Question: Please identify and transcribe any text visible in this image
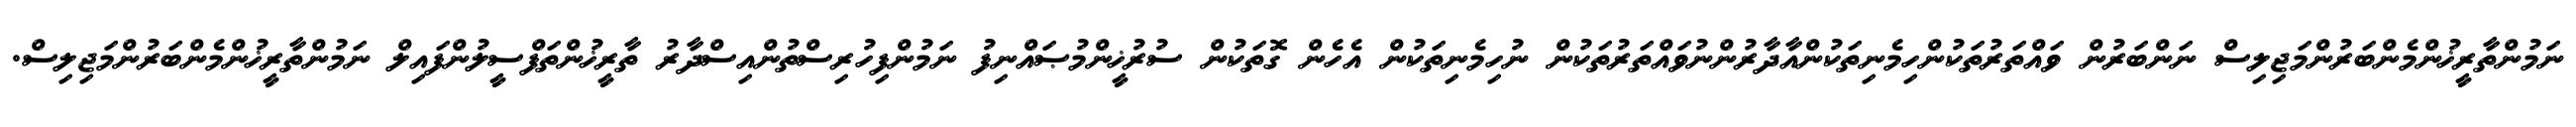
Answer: ނަމުންތާރީޚުންމެންބަރުންމަޖިލިސް ނަންބަރުން ވައްތަރުތަކުންހިމެނިތަކުންއާދާރުންނުވައްތަރުތަކުން ނުހިމެނިތަކުން އެހެން ގޮތަކުން ސުރުޚީންމުޞައްނިފު ނަމުންފިހުރިސްތުންއިސްދާރު ތާރީޚުންތަފްސީލުންފައިލް ނަމުންތާރީޚުންމެންބަރުންމަޖިލިސް.